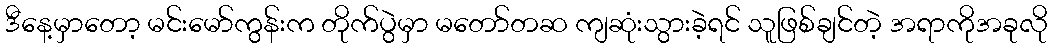
ဒီနေ့မှာတော့ မင်းမော်ကွန်းက တိုက်ပွဲမှာ မတော်တဆ ကျဆုံးသွားခဲ့ရင် သူဖြစ်ချင်တဲ့ အရာကိုအခုလို